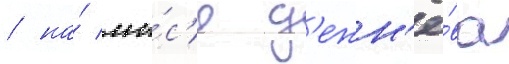
/ на́ мы́с'е д'ежн'ё́ва